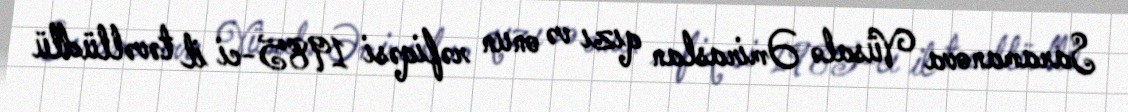
Saramanova Vüsalə Əmiraslan qızı və onun rəfiqəsi 1985-ci il təvəllüdlü